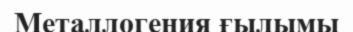
Металлогения ғылымы